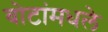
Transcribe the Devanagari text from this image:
बोटांमधले